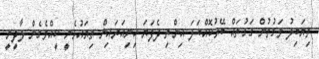
ތިޔަބިލު ވަގުތުން ގަގުތައް ބޭރުކޮއްބަލަ އިންތި ދެފަޔަ ހިނިއަރައިން ތިޔައުޅެނީ ކީއްވެގެން ލާދީނީ